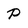
Character: P